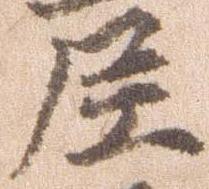
尼